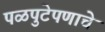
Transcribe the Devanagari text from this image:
पळपुटेपणाचे